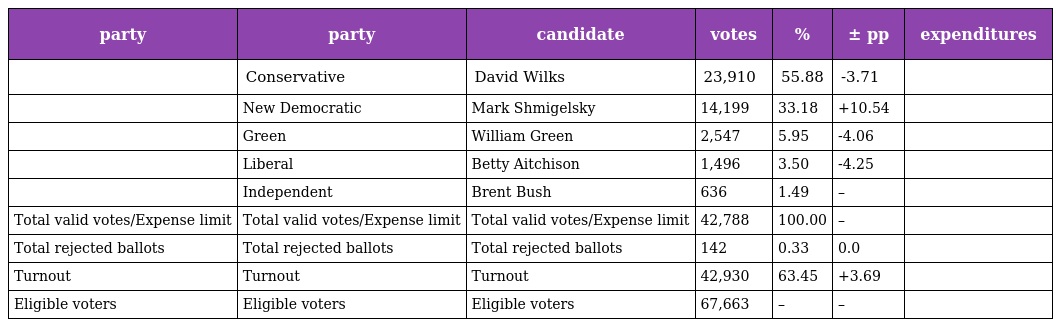
| party | party | candidate | votes | % | ± pp | expenditures |
 | --- | --- | --- | --- | --- | --- | --- |
 |  | Conservative | David Wilks | 23,910 | 55.88 | -3.71 |  |
 |  | New Democratic | Mark Shmigelsky | 14,199 | 33.18 | +10.54 |  |
 |  | Green | William Green | 2,547 | 5.95 | -4.06 |  |
 |  | Liberal | Betty Aitchison | 1,496 | 3.50 | -4.25 |  |
 |  | Independent | Brent Bush | 636 | 1.49 | – |  |
 | Total valid votes/Expense limit | Total valid votes/Expense limit | Total valid votes/Expense limit | 42,788 | 100.00 | – |  |
 | Total rejected ballots | Total rejected ballots | Total rejected ballots | 142 | 0.33 | 0.0 |  |
 | Turnout | Turnout | Turnout | 42,930 | 63.45 | +3.69 |  |
 | Eligible voters | Eligible voters | Eligible voters | 67,663 | – | – |  |